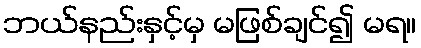
ဘယ်နည်းနှင့်မှ မဖြစ်ချင်၍ မရ။